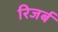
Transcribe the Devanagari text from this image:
रिजर्ब